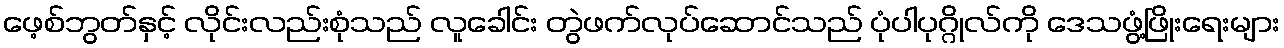
ဖေ့စ်ဘွတ်နှင့် လိုင်းလည်းစုံသည် လူခေါင်း တွဲဖက်လုပ်ဆောင်သည် ပုံပါပုဂ္ဂိုလ်ကို ဒေသဖွံ့ဖြိုးရေးများ